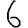
Digit: 6